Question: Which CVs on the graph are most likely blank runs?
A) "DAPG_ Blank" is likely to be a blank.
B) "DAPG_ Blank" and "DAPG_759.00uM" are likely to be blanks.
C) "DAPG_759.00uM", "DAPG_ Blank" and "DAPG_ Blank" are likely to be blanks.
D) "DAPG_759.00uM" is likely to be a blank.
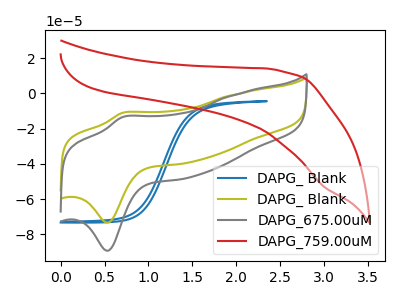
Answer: <think>The blue curve "DAPG_ Blank" has no peaks. The olive curve "DAPG_ Blank" has an anodic peak at (0.70V, -11.10uA) and a cathodic peak at (0.55V, -73.35uA). The gray curve "DAPG_675.00uM" has an anodic peak at (0.70V, -13.50uA) and a cathodic peak at (0.55V, -89.30uA). The red curve "DAPG_759.00uM" has no peaks.</think>
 <answer>B) "DAPG_ Blank" and "DAPG_759.00uM" are likely to be blanks.</answer>
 <eval>B</eval>